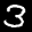
Label: 3